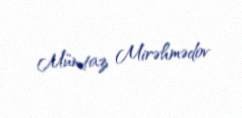
Mümtaz Mirəhmədov